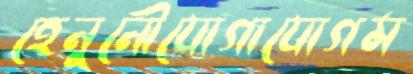
হেনুনৌযোগাযোগম